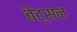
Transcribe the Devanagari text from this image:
बेट्सन